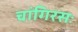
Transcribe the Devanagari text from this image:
चांगिरसः